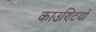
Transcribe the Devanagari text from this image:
काउण्टियों